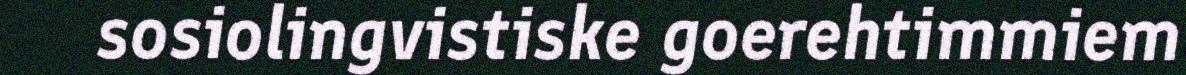
sosiolingvistiske goerehtimmiem